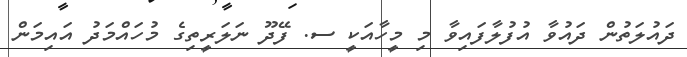
ދައުލަތުން ދައުވާ އުފުލާފައިވާ މި މީހާއަކީ ސ. ފޭދޫ ނަލަރީތިގެ މުހައްމަދު އައިމަން